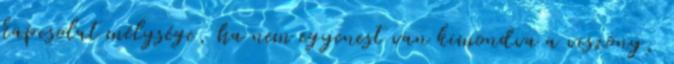
kapcsolat mélysége, ha nem egyenest van kimondva a viszony,